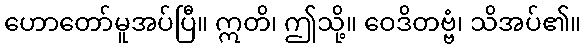
ဟောတော်မူအပ်ပြီ။ ဣတိ၊ ဤသို့။ ဝေဒိတဗ္ဗံ၊ သိအပ်၏။